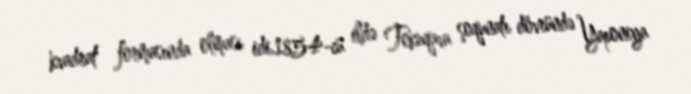
kvadrat formasında olması idi.1854-cü ildə Tokuqava şoqunatı dövründə Yaponiya